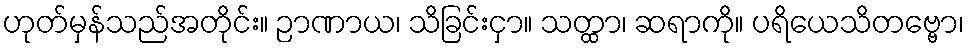
ဟုတ်မှန်သည်အတိုင်း။ ဉာဏာယ၊ သိခြင်းငှာ။ သတ္ထာ၊ ဆရာကို။ ပရိယေသိတဗ္ဗော၊